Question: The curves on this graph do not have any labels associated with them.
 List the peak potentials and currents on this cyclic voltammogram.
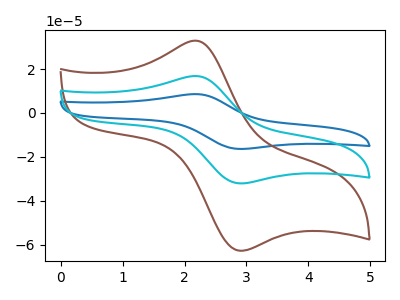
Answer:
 <answer>The blue curve "blue" has an anodic peak at (2.20V, 33.65uA) and a cathodic peak at (2.90V, -64.15uA). The brown curve "brown" has an anodic peak at (2.20V, 32.95uA) and a cathodic peak at (2.90V, -62.80uA). The cyan curve "cyan" has an anodic peak at (2.20V, 16.85uA) and a cathodic peak at (2.90V, -32.10uA).</answer>
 <eval></eval>